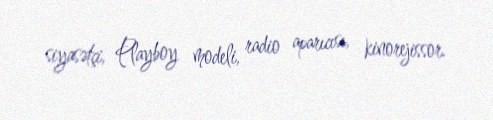
siyasətçi, Playboy modeli, radio aparıcısı, kinorejissor.